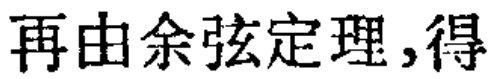
再由余弦定理,得